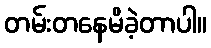
တမ်းတနေမိခဲ့တာပါ။